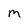
Character: M